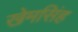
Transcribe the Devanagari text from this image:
खेमसिंह